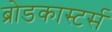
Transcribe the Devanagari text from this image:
ब्रोडकास्टर्स